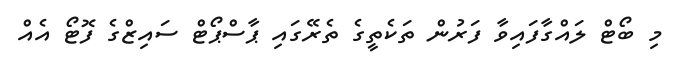
މި ބޯޓް ލައްގާފައިވާ ފަރުން ތަކެތީގެ ތެރޭގައި ޕާސްޕޯޓް ސައިޒްގެ ފޮޓޯ އެއް